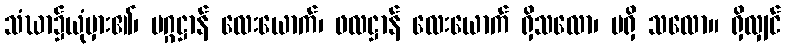
သံဃာ၌ယုံမှား၏၊ မဂ္ဂဋ္ဌာန် လေးယောက်၊ ဖလဋ္ဌာန် လေးယောက် ရှိသလော၊ မရှိ သလော။ ရှိလျှင်